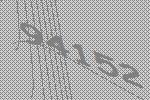
94152